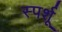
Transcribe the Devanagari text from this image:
स्पर्शू